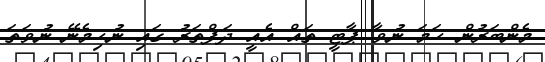
މެންބަރުން ހަމަ ނުވާ ޕާޓީ ތައް އެއީ ދަފްތަރު ގައި ނުހިމެނޭ ނުވަތަ